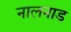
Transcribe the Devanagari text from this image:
नालनाड